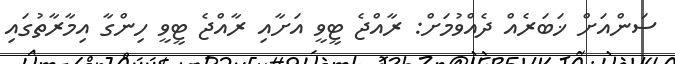
ސަންއަށް ޚަބަރެއް ދެއްވުމަށް: ރާއްޖެ ޓީވީ އަށާއި ރާއްޖެ ޓީވީ ހިންގާ އިމާރާތުގައި